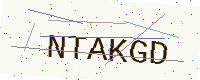
Text: NTAKGD